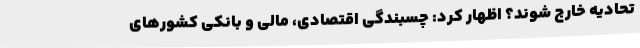
تحادیه خارج شوند؟ اظهار کرد: چسبندگی اقتصادی، مالی و بانکی کشورهای